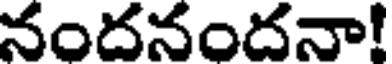
నందనందనా!